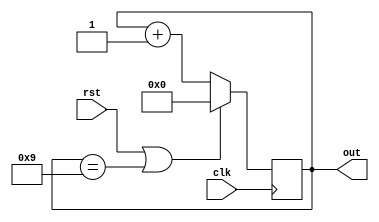
//MOD -10 COUNTER 
module mod10(rst,clk,out); 
input rst,clk; 
output reg[3:0]out=4'b0000;
 always@ (posedge clk) 
begin 
if(rst==1 | out==4'b1001) 
out=4'b0000; 
else 
out=out+4'b0001;
 end 
endmodule